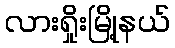
လားရှိုးမြို့နယ်